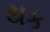
થક